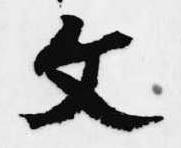
文